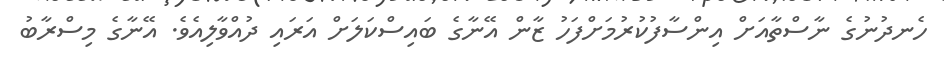
ހެނދުނުގެ ނާސްތާއަށް އިންސާފުކުރުމަށްފަހު ޒާން އޭނާގެ ބައިސްކަލަށް އަރައި ދުއްވާލިއެވެ. އޭނާގެ މިސްރާބު